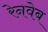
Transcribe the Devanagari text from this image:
रेनवेब